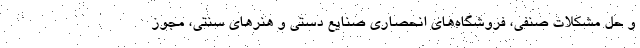
و حل مشکلات صنفی، فروشگاه‌های انحصاری صنایع دستی و هنر‌های سنتی، مجوز